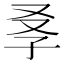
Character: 𡥍